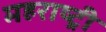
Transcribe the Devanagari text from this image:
महराष्ट्री